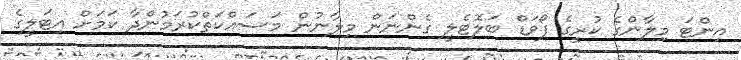
އިންޓަ މިލާންގެ ކުރީގެ ފޯވަޑް ބަލޮޓެލީ ގެންނަން މިލާނުން މަސައްކަތްކުރަމުންދާ ކަމަށް އިޓަލީގެ